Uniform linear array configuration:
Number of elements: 48
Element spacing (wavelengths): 0.75
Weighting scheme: kaiser
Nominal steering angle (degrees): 45
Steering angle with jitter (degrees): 43.01
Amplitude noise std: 0.05
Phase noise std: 0.05

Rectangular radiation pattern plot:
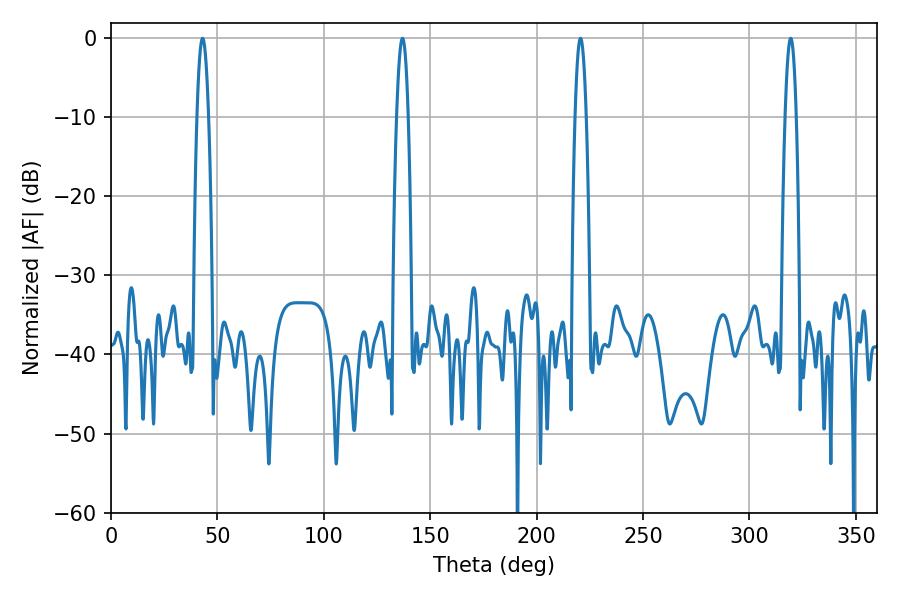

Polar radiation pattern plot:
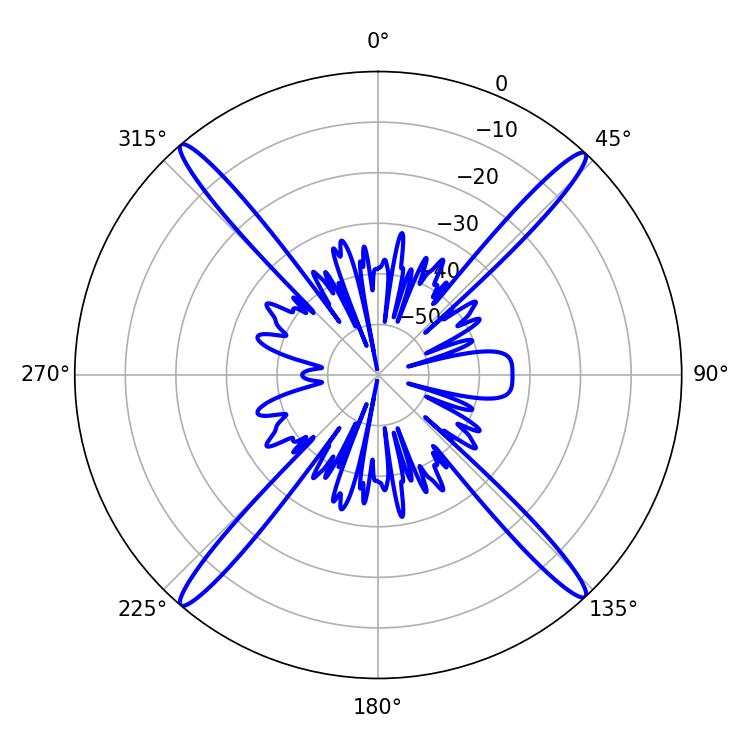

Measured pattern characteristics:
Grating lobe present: TRUE
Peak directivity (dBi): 24.924
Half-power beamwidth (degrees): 2.88
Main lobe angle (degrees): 43.02